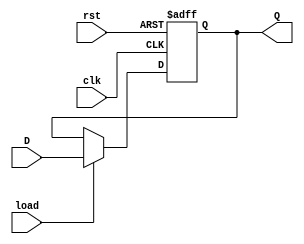
`timescale 1ns / 1ps
//////////////////////////////////////////////////////////////////////////////////
// This document contains information prorietary to the CSULB student that created
// the file -  any reuse without adequate approval and documentation is prohibited
//
// Project: Lab 1
// Created by <Hung Le> on <Feb 7, 2019>
// Copright @ 2019 <Hung Le>. All rights reserved
//
// Purpose: This is a register with loading capability when load signal is high. 
//
// In submitting this file for class work at CSULB
// I am confirming that this is my work and the work of no one else. 
// 
// In submitting this code I acknowledge that plagiarism in student project
// work is subject to dismissal from the class. 
//////////////////////////////////////////////////////////////////////////////////
module load_reg(clk, rst, load, D, Q);
	input clk, rst, load; 
	input [7:0] D;
	
	output reg [7:0] Q; 
	
	always @ (posedge clk, posedge rst)
		if (rst)     Q <= 8'b0;
		else begin
			if (load) Q <= D;
			else      Q <= Q; 
		end
endmodule